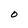
Character: O